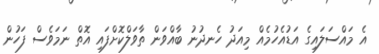
އެ މައްސަލައިގެ އަޑުއެހުމެއް މިއަދު ހެނދުނު ބާއްވަން ތާވަލްކޮށްފައި އޮތް ނަމަވެސް ފަހުން